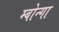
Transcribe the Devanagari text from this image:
म्बोन्गा